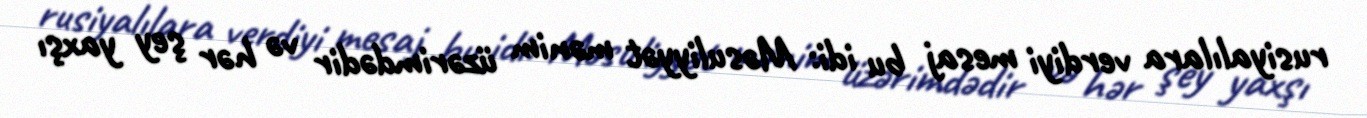
rusiyalılara verdiyi mesaj bu idi: Məsuliyyət mənim üzərimdədir və hər şey yaxşı